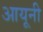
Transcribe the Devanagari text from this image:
आयूनी